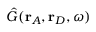
\hat { G } ( \mathbf { r } _ { A } , \mathbf { r } _ { D } , \omega )